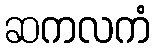
ဆကလကံ